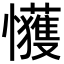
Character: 𫻞